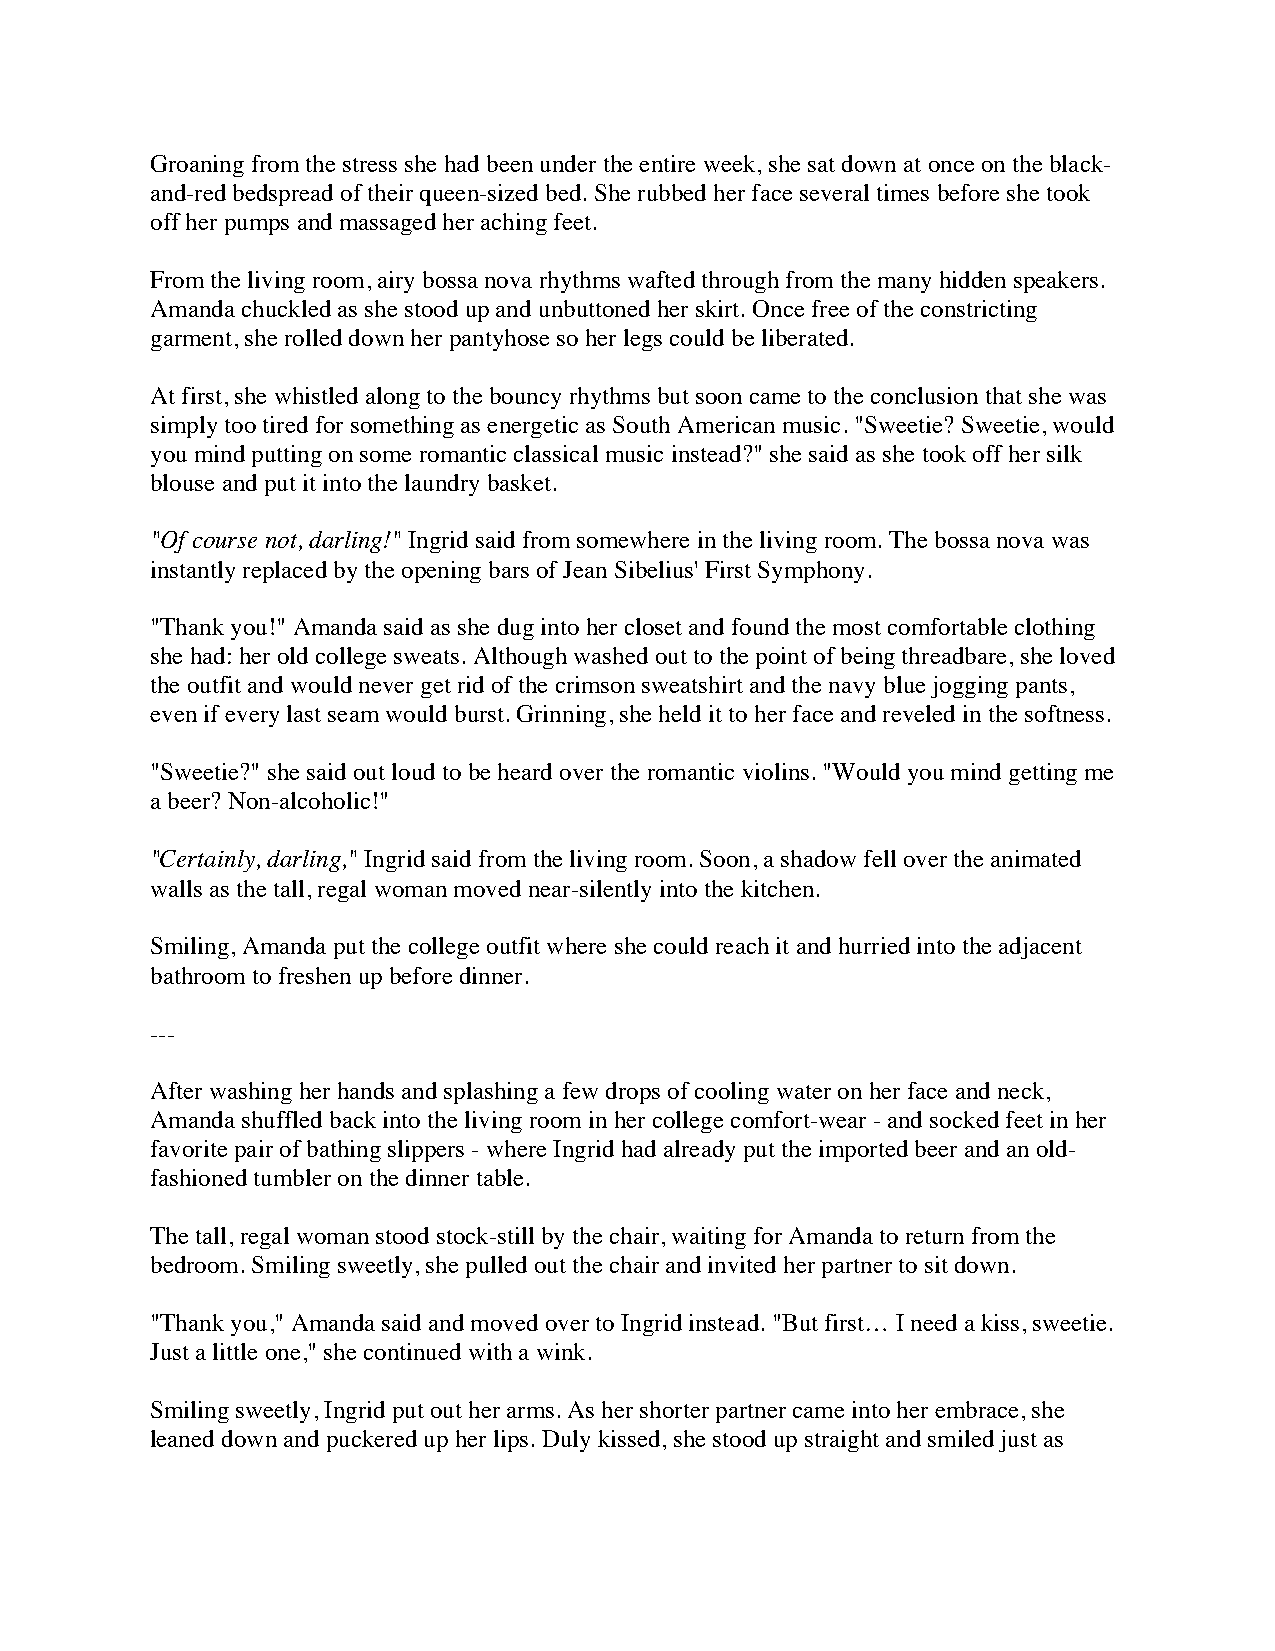
Groaning from the stress she had been under the entire week, she sat down at once on the black-
 and-red bedspread of their queen-sized bed. She rubbed her face several times before she took
 off her pumps and massaged her aching feet.
 From the living room, airy bossa nova rhythms wafted through from the many hidden speakers.
 Amanda chuckled as she stood up and unbuttoned her skirt. Once free of the constricting
 garment, she rolled down her pantyhose so her legs could be liberated.
 At first, she whistled along to the bouncy rhythms but soon came to the conclusion that she was
 simply too tired for something as energetic as South American music. "Sweetie? Sweetie, would
 you mind putting on some romantic classical music instead?" she said as she took off her silk
 blouse and put it into the laundry basket.
 "Of course not, darling!" Ingrid said from somewhere in the living room. The bossa nova was
 instantly replaced by the opening bars of Jean Sibelius' First Symphony.
 "Thank you!" Amanda said as she dug into her closet and found the most comfortable clothing
 she had: her old college sweats. Although washed out to the point of being threadbare, she loved
 the outfit and would never get rid of the crimson sweatshirt and the navy blue jogging pants,
 even if every last seam would burst. Grinning, she held it to her face and reveled in the softness.
 "Sweetie?" she said out loud to be heard over the romantic violins. "Would you mind getting me
 a beer? Non-alcoholic!"
 "Certainly, darling," Ingrid said from the living room. Soon, a shadow fell over the animated
 walls as the tall, regal woman moved near-silently into the kitchen.
 Smiling, Amanda put the college outfit where she could reach it and hurried into the adjacent
 bathroom to freshen up before dinner.
 ---
 After washing her hands and splashing a few drops of cooling water on her face and neck,
 Amanda shuffled back into the living room in her college comfort-wear - and socked feet in her
 favorite pair of bathing slippers - where Ingrid had already put the imported beer and an old-
 fashioned tumbler on the dinner table.
 The tall, regal woman stood stock-still by the chair, waiting for Amanda to return from the
 bedroom. Smiling sweetly, she pulled out the chair and invited her partner to sit down.
 "Thank you," Amanda said and moved over to Ingrid instead. "But first… I need a kiss, sweetie.
 Just a little one," she continued with a wink.
 Smiling sweetly, Ingrid put out her arms. As her shorter partner came into her embrace, she
 leaned down and puckered up her lips. Duly kissed, she stood up straight and smiled just as